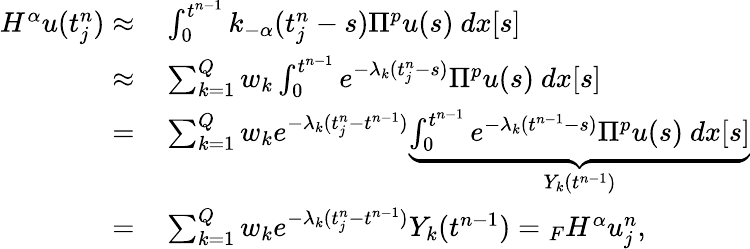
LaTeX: \begin{array}{rl}{H^{\alpha}u(t_{j}^{n})\approx}&{{}\int_{0}^{t^{n-1}}k_{-\alpha}(t_{j}^{n}-s)\Pi^{p}u(s)\ dx[s]}\\ {\approx}&{{}\sum_{k=1}^{Q}w_{k}\int_{0}^{t^{n-1}}e^{-\lambda_{k}(t_{j}^{n}-s)}\Pi^{p}u(s)\ dx[s]}\\ {=}&{{}\sum_{k=1}^{Q}w_{k}e^{-\lambda_{k}(t_{j}^{n}-t^{n-1})}\underbrace{\int_{0}^{t^{n-1}}e^{-\lambda_{k}(t^{n-1}-s)}\Pi^{p}u(s)\ dx[s]}_{Y_{k}(t^{n-1})}}\\ {=}&{{}\sum_{k=1}^{Q}w_{k}e^{-\lambda_{k}(t_{j}^{n}-t^{n-1})}Y_{k}(t^{n-1})={}_{F}H^{\alpha}u_{j}^{n},}\end{array}